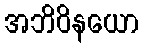
အဘိဝိနယော